Document type: Sale
Year: 1461
Scribe: [Unknown]
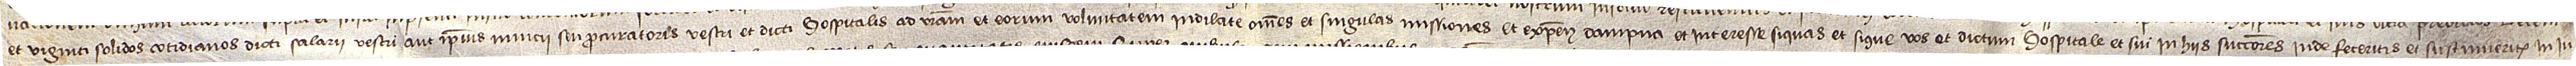
/ et viginti solidos cotidianos dicti salarii vestri aut ipsius nuncii seu procuratoris vestri et dicti hospitalis ad vestram et eorum voluntatem indilate omnes et singulas missiones et expensis, dampna et interesse, si quas et si que vos et dictum hospitale et sui in hiis successores inde feceritis et sustinueritis, in iu-